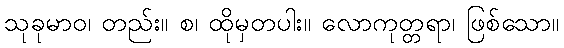
သုခုမာဝ၊ တည်း။ စ၊ ထိုမှတပါး။ လောကုတ္တရာ၊ ဖြစ်သော။